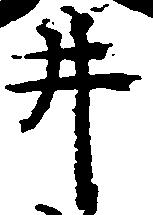
井